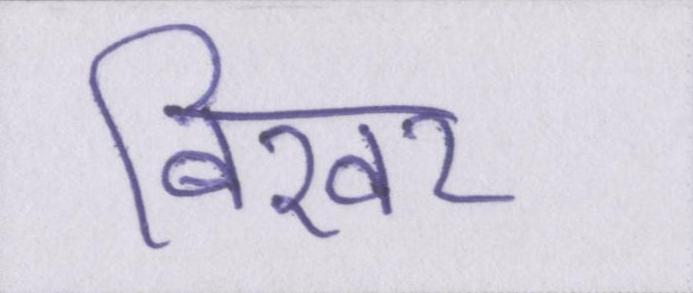
बिखर